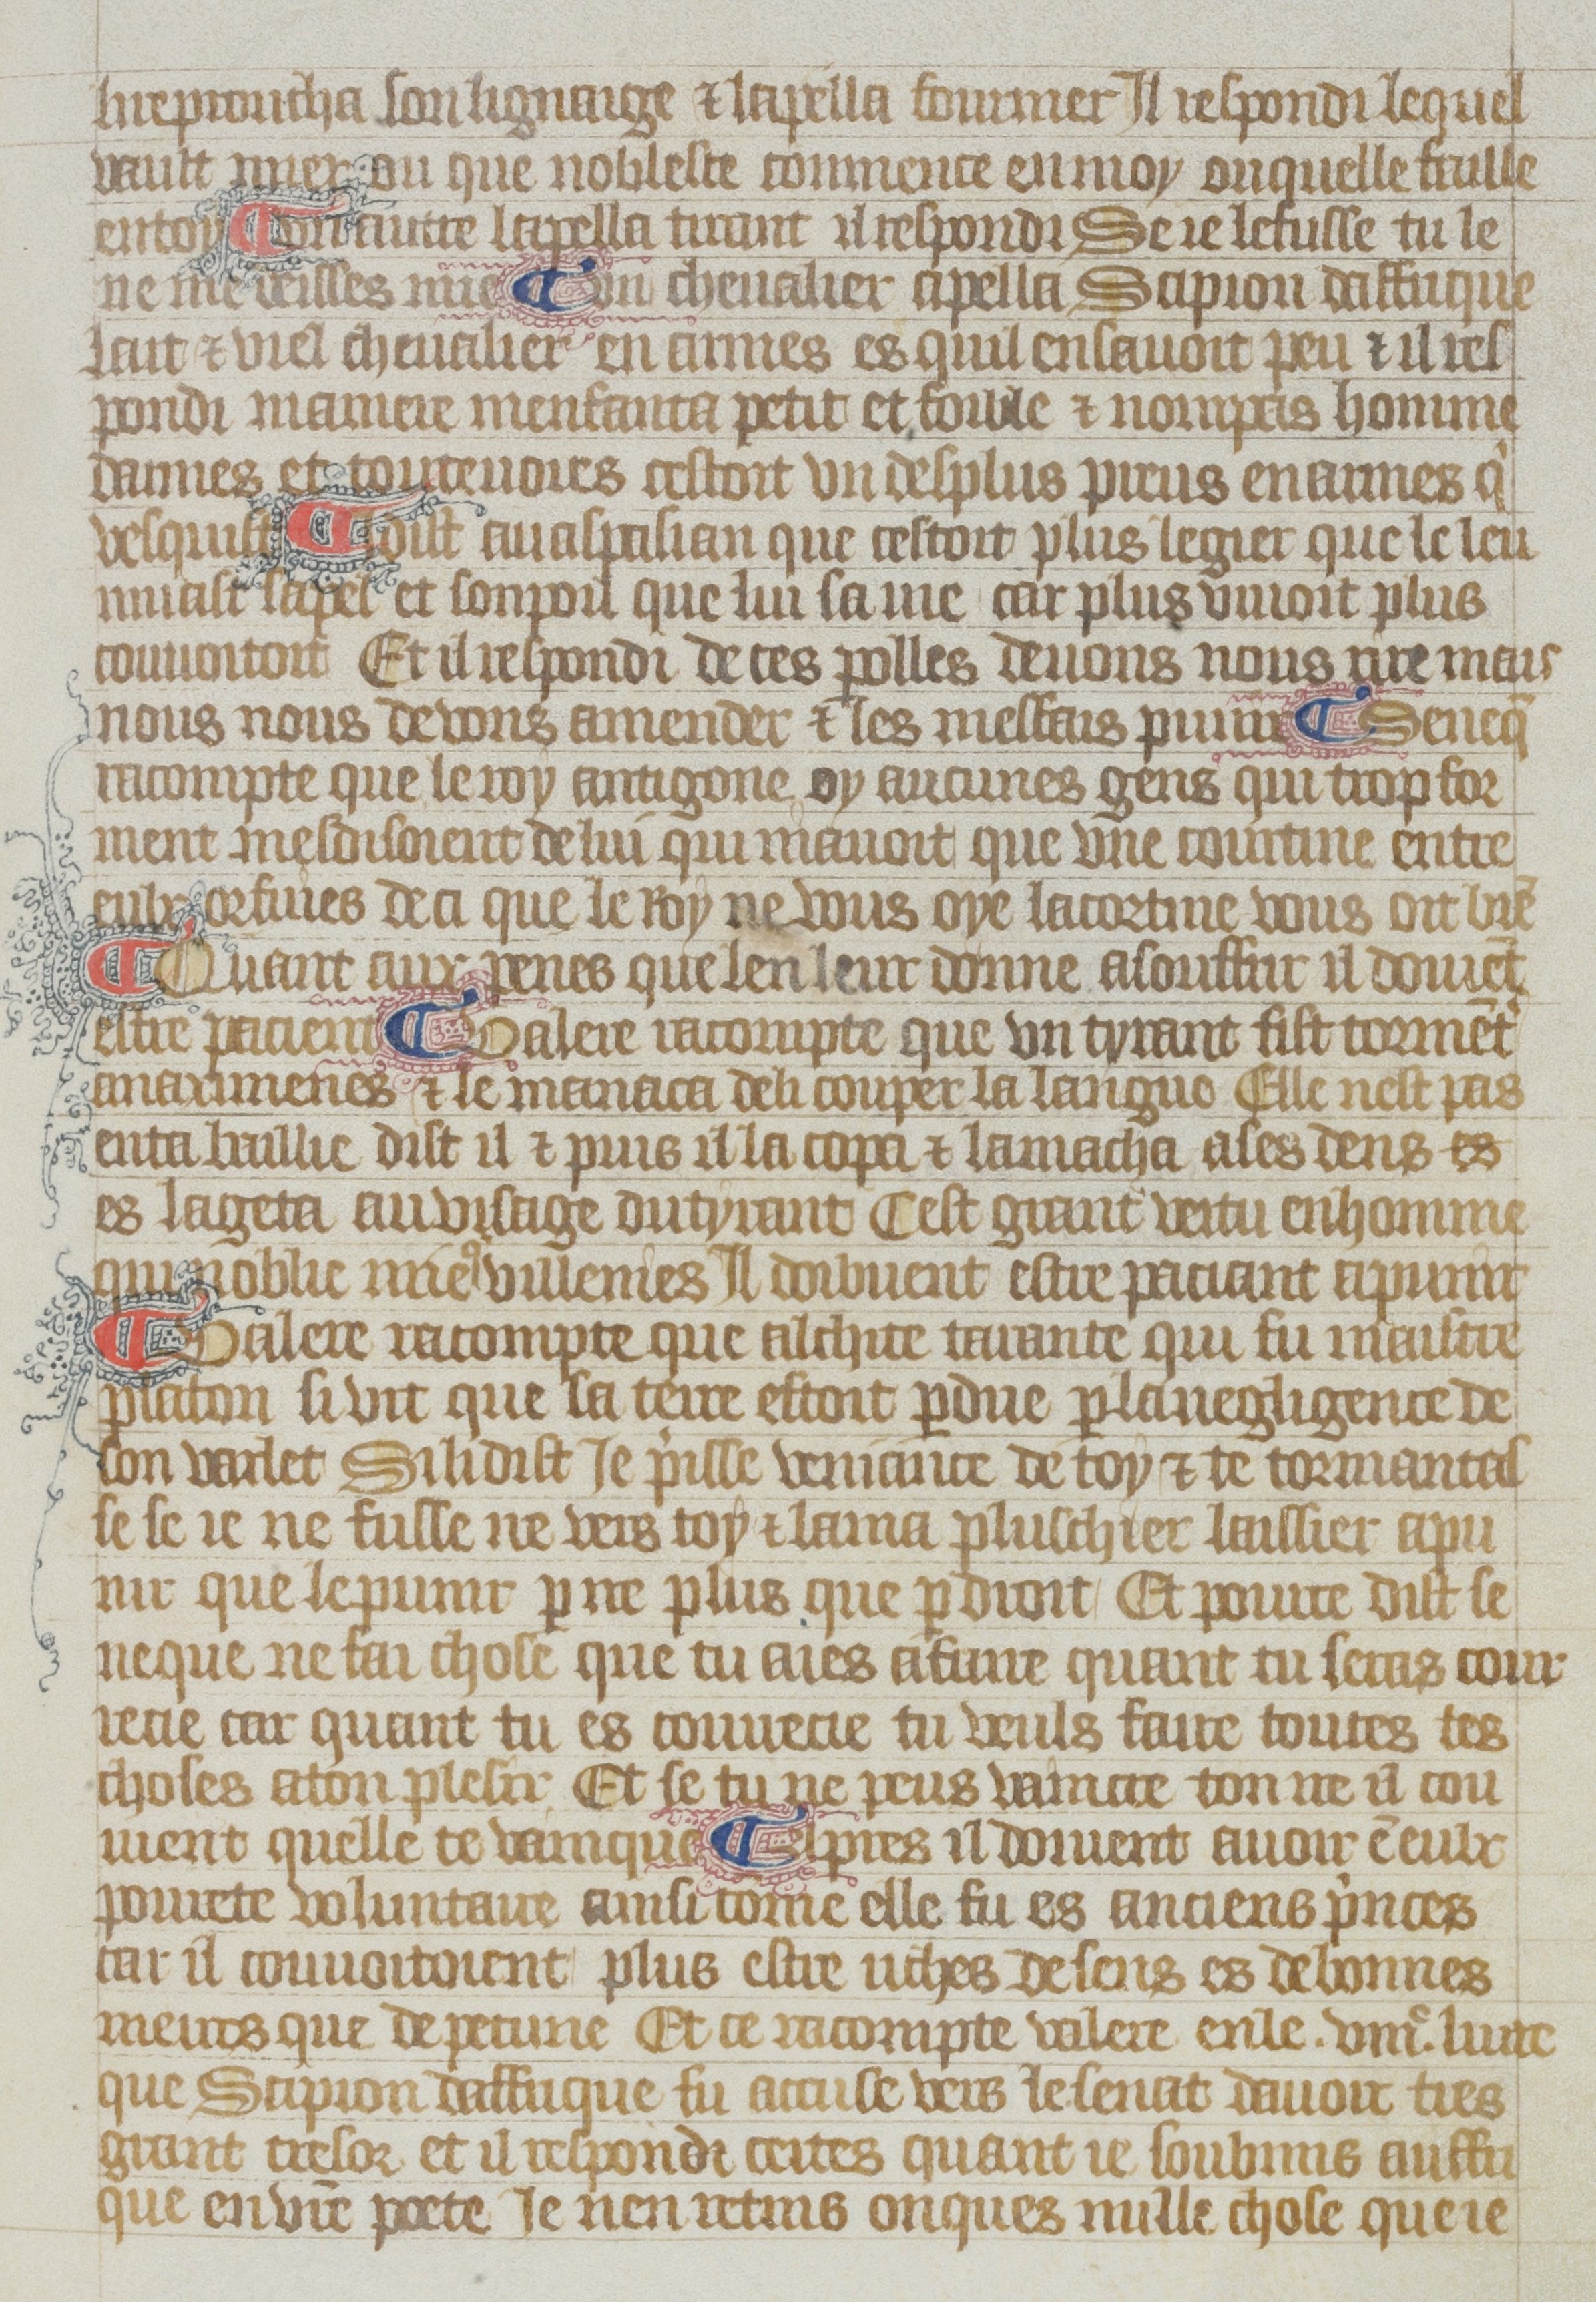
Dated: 1380–1399